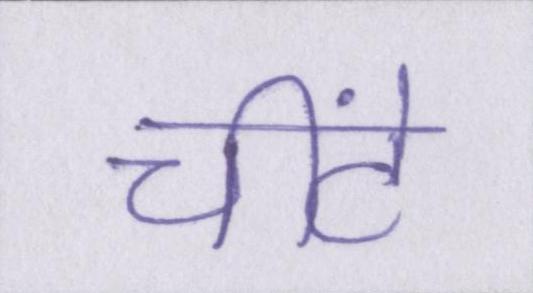
चींटे